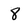
Character: 8